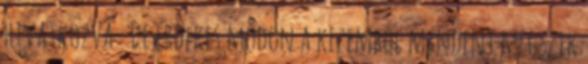
hivatkozva . De érdekes módon a kezemből mindent megszik